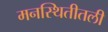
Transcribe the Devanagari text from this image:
मनस्थितीतली